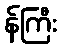
န်ကြီး